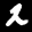
Label: 2